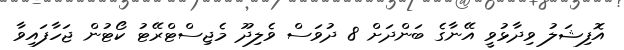
އޮފިޝަލު ވިދާޅުވީ އޭނާގެ ބަންދަށް 8 ދުވަސް ވެލިދޫ މެޖިސްޓްރޭޓު ކޯޓުން ޖަހާފައިވާ